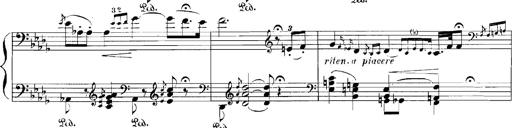
Title: Rhapsodies hongroises
Composer: Franz Liszt